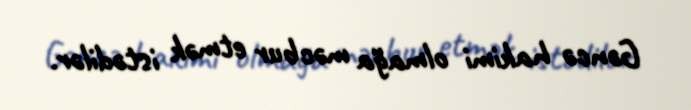
Gəncə hakimi olmağa məcbur etmək istədilər.